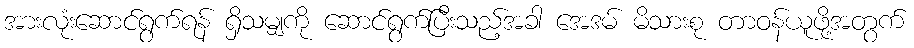
အားလုံးဆောင်ရွက်ရန် ရှိသမျှကို ဆောင်ရွက်ပြီးသည့်အခါ အေဒမ် မိသားစု တာဝန်ယူဖို့အတွက်